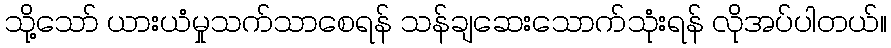
သို့သော် ယားယံမှုသက်သာစေရန် သန်ချဆေးသောက်သုံးရန် လိုအပ်ပါတယ်။